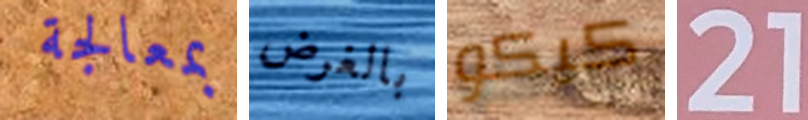
بمعالجة بالغرض كيكو 21